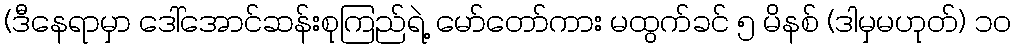
(ဒီနေရာမှာ ဒေါ်အောင်ဆန်းစုကြည်ရဲ့ မော်တော်ကား မထွက်ခင် ၅ မိနစ် (ဒါမှမဟုတ်) ၁၀